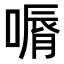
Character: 𠼉